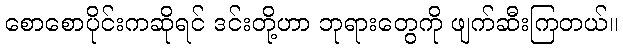
စောစောပိုင်းကဆိုရင် ဒင်းတို့ဟာ ဘုရားတွေကို ဖျက်ဆီးကြတယ်။